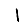
Digit: 1